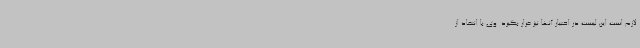
لازم است این لیست در اختیار آنها نیز قرار بگیرد. وی با انتقاد از